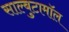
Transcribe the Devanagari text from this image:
साल्बुटामॉल